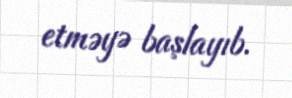
etməyə başlayıb.